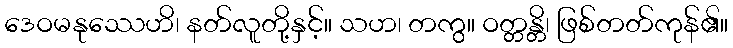
ဒေဝမနုဿေဟိ၊ နတ်လူတို့နှင့်။ သဟ၊ တကွ။ ဝတ္တန္တိ၊ ဖြစ်တတ်ကုန်၏။